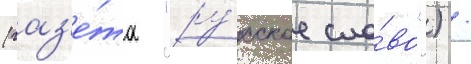
(газ'е́та "ру́сское сло́во") /